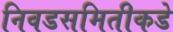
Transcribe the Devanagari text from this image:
निवडसमितीकडे